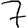
Digit: 7